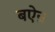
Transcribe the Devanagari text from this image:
बऐन्र